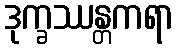
ဒုက္ခဿန္တကရာ